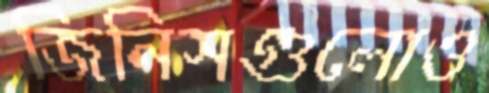
জিনিসগুলোও